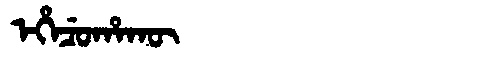
Manchu: ᡝᡥᡝᠴᡠᡥᠠᡴᡡ
Romanization: EHECUHAKŪ